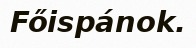
Főispánok.